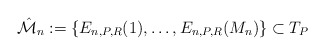
\begin{align*}\hat{\cal M}_n:=\{E_{n,P,R}(1),\ldots, E_{n,P,R}({M_n})\} \subset T_P\end{align*}